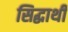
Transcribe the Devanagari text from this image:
सिद्धार्थी